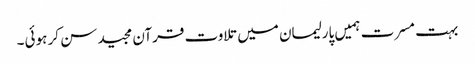
بہت مسرت ہمیں پارلیمان میں تلاوت قرآن مجید سن کر ہوئی۔